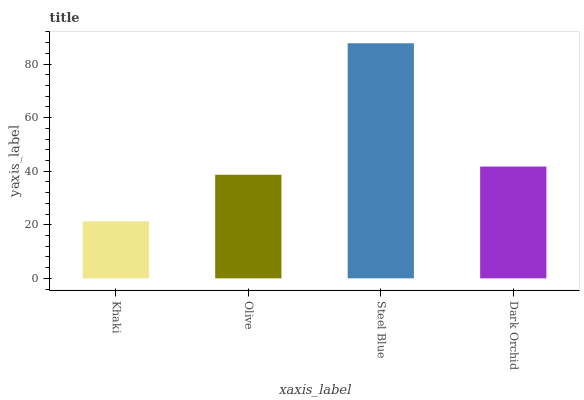
| xaxis_label | bars |
 | --- | --- |
 | Khaki | 21.3 |
 | Olive | 38.7 |
 | Steel Blue | 87.8 |
 | Dark Orchid | 41.7 |